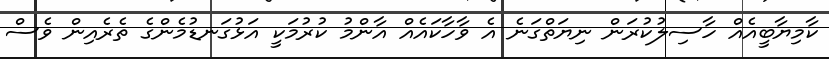
ކާމިޔާބީއެއް ހާސިލުކުރަން ނިޔަތްގަނެ އެ ވާހާކައެއް އާންމު ކުރުމަކީ އަޅުގަނޑުމެންގެ ތެރެއިން ވެސް